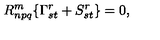
R _ { n p q } ^ { m } \{ \Gamma _ { s t } ^ { r } + S _ { s t } ^ { r } \} = 0 ,